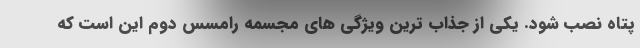
پتاه نصب شود. یکی از جذاب ترین ویژگی های مجسمه رامسس دوم این است که